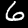
Digit: 6